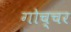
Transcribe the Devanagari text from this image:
गोच्चर